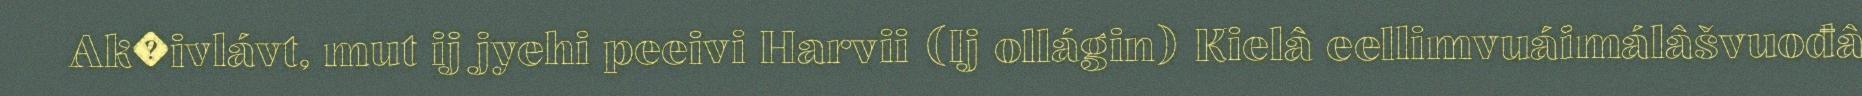
Ak�ivlávt, mut ij jyehi peeivi Harvii (Ij ollágin) Kielâ eellimvuáimálâšvuođâ